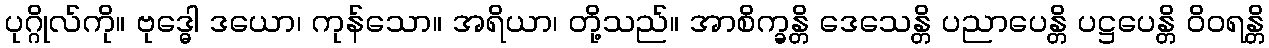
ပုဂ္ဂိုလ်ကို။ ဗုဒ္ဓေါ ဒယော၊ ကုန်သော။ အရိယာ၊ တို့သည်။ အာစိက္ခန္တိ ဒေသေန္တိ ပညာပေန္တိ ပဋ္ဌပေန္တိ ဝိဝရန္တိ